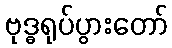
ဗုဒ္ဓရုပ်ပွားတော်